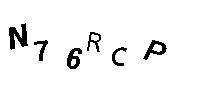
N76RCP